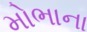
મોભાના